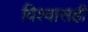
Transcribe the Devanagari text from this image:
विश्वासही